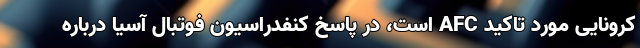
کرونایی مورد تاکید AFC است، در پاسخ کنفدراسیون فوتبال آسیا درباره